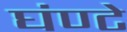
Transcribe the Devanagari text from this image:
घंण्टे